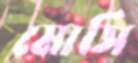
মোসি